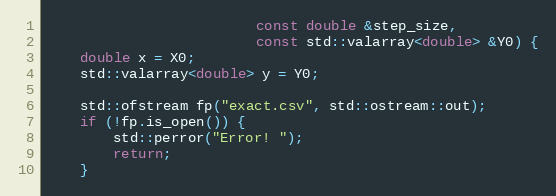
Language: C++
                         const double &step_size,
                         const std::valarray<double> &Y0) {
    double x = X0;
    std::valarray<double> y = Y0;

    std::ofstream fp("exact.csv", std::ostream::out);
    if (!fp.is_open()) {
        std::perror("Error! ");
        return;
    }